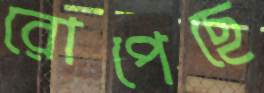
রোপেছে